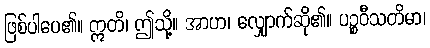
ဖြစ်ပါပေ၏။ ဣတိ၊ ဤသို့။ အာဟ၊ လျှောက်ဆို၏။ ပဉ္စဝီသတိမာ၊